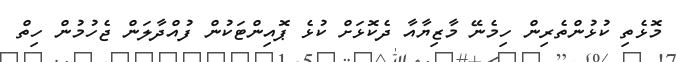
މޮޅެތި ކުޅުންތެރިން ހިމެނޭ މާޒިޔާއާ ދެކޮޅަށް ކުޅެ ޕޮއިންޓަކުން ފުއްދާލަން ޖެހުމުން ހިތް